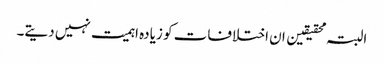
البتہ محقیقین ان اختلافات کو زیادہ اہمیت نہیں دیتے۔